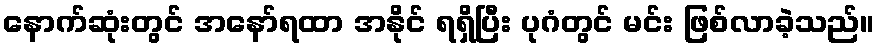
နောက်ဆုံးတွင် အနော်ရထာ အနိုင် ရရှိပြီး ပုဂံတွင် မင်း ဖြစ်လာခဲ့သည်။